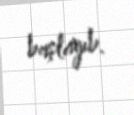
başlayıb.